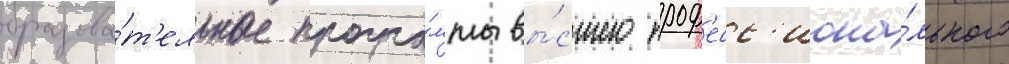
образова́т'ельные програ́ммы вы́сшего проф'есс'иона́льного